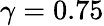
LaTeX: \gamma=0.75